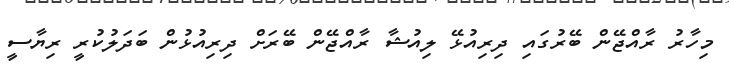
މިހާރު ރާއްޖޭން ބޭރުގައި ދިރިއުޅޭ ލިއުޝާ ރާއްޖޭން ބޭރަށް ދިރިއުޅުން ބަދަލުކުރީ ރިޔާސީ